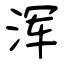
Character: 浑